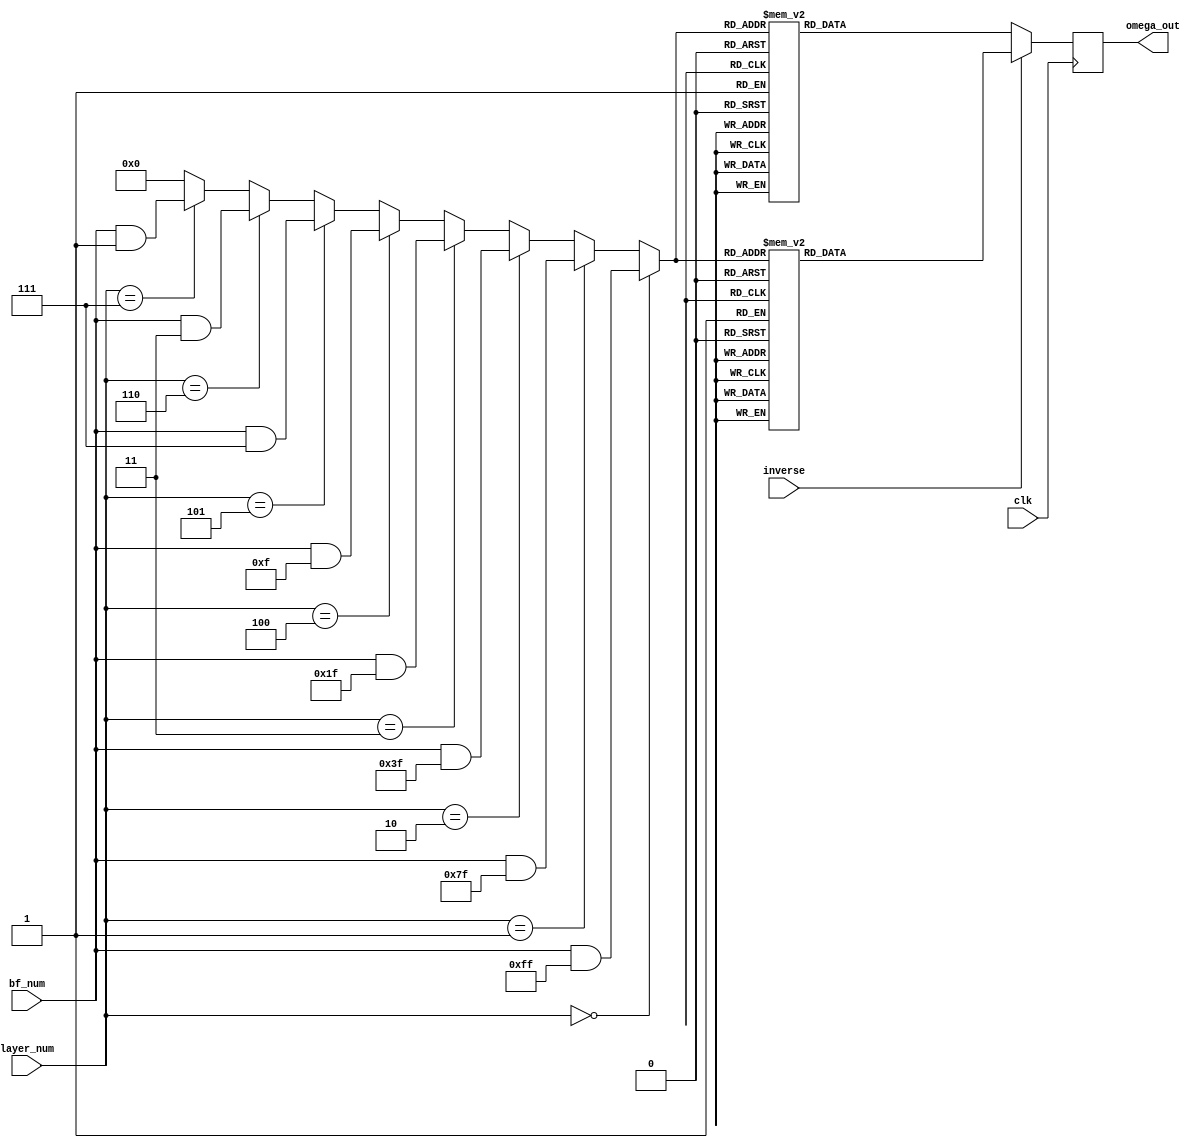
`timescale 1ns / 1ps
//////////////////////////////////////////////////////////////////////////////////
// Company: Virginia Tech
// 
// Module Name: omega
// Project Name:  NTT
// Description: Given the bf_num and layer, this determines what
//  omega should be the input to the butterfly module
//////////////////////////////////////////////////////////////////////////////////


module omega_lut(
    input clk,
    input [3:0] layer_num,
    input [7:0] bf_num,
    input inverse,
    output reg [15:0] omega_out
    );

    wire [7:0] omega_sel;
    assign omega_sel = (layer_num == 0) ? bf_num & 8'hFF :
                        (layer_num == 1) ? bf_num & 8'h7F :
                        (layer_num == 2) ? bf_num & 8'h3F :
                        (layer_num == 3) ? bf_num & 8'h1F :
                        (layer_num == 4) ? bf_num & 8'h0F :
                        (layer_num == 5) ? bf_num & 8'h07 :
                        (layer_num == 6) ? bf_num & 8'h03 :
                        (layer_num == 7) ? bf_num & 8'h01 : 8'h00;

    always @(posedge clk) begin
        if (inverse == 0) begin
            case (omega_sel)
               8'd0: omega_out = 16'd4075;
               8'd1: omega_out = 16'd5315;
               8'd2: omega_out = 16'd7965;
               8'd3: omega_out = 16'd7373;
               8'd4: omega_out = 16'd522;
               8'd5: omega_out = 16'd10120;
               8'd6: omega_out = 16'd9027;
               8'd7: omega_out = 16'd5079;
               8'd8: omega_out = 16'd2344;
               8'd9: omega_out = 16'd1278;
               8'd10: omega_out = 16'd1973;
               8'd11: omega_out = 16'd5574;
               8'd12: omega_out = 16'd1018;
               8'd13: omega_out = 16'd6364;
               8'd14: omega_out = 16'd11248;
               8'd15: omega_out = 16'd8775;
               8'd16: omega_out = 16'd7500;
               8'd17: omega_out = 16'd7822;
               8'd18: omega_out = 16'd5537;
               8'd19: omega_out = 16'd4749;
               8'd20: omega_out = 16'd8500;
               8'd21: omega_out = 16'd12142;
               8'd22: omega_out = 16'd5456;
               8'd23: omega_out = 16'd7840;
               8'd24: omega_out = 16'd5445;
               8'd25: omega_out = 16'd3860;
               8'd26: omega_out = 16'd4536;
               8'd27: omega_out = 16'd11239;
               8'd28: omega_out = 16'd6171;
               8'd29: omega_out = 16'd8471;
               8'd30: omega_out = 16'd2683;
               8'd31: omega_out = 16'd11099;
               8'd32: omega_out = 16'd10561;
               8'd33: omega_out = 16'd400;
               8'd34: omega_out = 16'd6137;
               8'd35: omega_out = 16'd7341;
               8'd36: omega_out = 16'd5415;
               8'd37: omega_out = 16'd8646;
               8'd38: omega_out = 16'd6136;
               8'd39: omega_out = 16'd5862;
               8'd40: omega_out = 16'd5529;
               8'd41: omega_out = 16'd5206;
               8'd42: omega_out = 16'd56;
               8'd43: omega_out = 16'd9090;
               8'd44: omega_out = 16'd8724;
               8'd45: omega_out = 16'd11635;
               8'd46: omega_out = 16'd1702;
               8'd47: omega_out = 16'd10302;
               8'd48: omega_out = 16'd5339;
               8'd49: omega_out = 16'd6843;
               8'd50: omega_out = 16'd6093;
               8'd51: omega_out = 16'd3710;
               8'd52: omega_out = 16'd316;
               8'd53: omega_out = 16'd382;
               8'd54: omega_out = 16'd11821;
               8'd55: omega_out = 16'd8301;
               8'd56: omega_out = 16'd10930;
               8'd57: omega_out = 16'd5435;
               8'd58: omega_out = 16'd11035;
               8'd59: omega_out = 16'd973;
               8'd60: omega_out = 16'd8291;
               8'd61: omega_out = 16'd10256;
               8'd62: omega_out = 16'd8410;
               8'd63: omega_out = 16'd1922;
               8'd64: omega_out = 16'd12097;
               8'd65: omega_out = 16'd10968;
               8'd66: omega_out = 16'd10240;
               8'd67: omega_out = 16'd4912;
               8'd68: omega_out = 16'd4698;
               8'd69: omega_out = 16'd5057;
               8'd70: omega_out = 16'd7509;
               8'd71: omega_out = 16'd8844;
               8'd72: omega_out = 16'd8807;
               8'd73: omega_out = 16'd11502;
               8'd74: omega_out = 16'd5468;
               8'd75: omega_out = 16'd1010;
               8'd76: omega_out = 16'd9162;
               8'd77: omega_out = 16'd8120;
               8'd78: omega_out = 16'd2920;
               8'd79: omega_out = 16'd5241;
               8'd80: omega_out = 16'd6055;
               8'd81: omega_out = 16'd8953;
               8'd82: omega_out = 16'd677;
               8'd83: omega_out = 16'd5874;
               8'd84: omega_out = 16'd2766;
               8'd85: omega_out = 16'd10966;
               8'd86: omega_out = 16'd12237;
               8'd87: omega_out = 16'd9115;
               8'd88: omega_out = 16'd12138;
               8'd89: omega_out = 16'd10162;
               8'd90: omega_out = 16'd3957;
               8'd91: omega_out = 16'd2839;
               8'd92: omega_out = 16'd6383;
               8'd93: omega_out = 16'd2505;
               8'd94: omega_out = 16'd11858;
               8'd95: omega_out = 16'd1579;
               8'd96: omega_out = 16'd9026;
               8'd97: omega_out = 16'd3600;
               8'd98: omega_out = 16'd6077;
               8'd99: omega_out = 16'd4624;
               8'd100: omega_out = 16'd11868;
               8'd101: omega_out = 16'd4080;
               8'd102: omega_out = 16'd6068;
               8'd103: omega_out = 16'd3602;
               8'd104: omega_out = 16'd605;
               8'd105: omega_out = 16'd9987;
               8'd106: omega_out = 16'd504;
               8'd107: omega_out = 16'd8076;
               8'd108: omega_out = 16'd4782;
               8'd109: omega_out = 16'd6403;
               8'd110: omega_out = 16'd3029;
               8'd111: omega_out = 16'd6695;
               8'd112: omega_out = 16'd11184;
               8'd113: omega_out = 16'd142;
               8'd114: omega_out = 16'd5681;
               8'd115: omega_out = 16'd8812;
               8'd116: omega_out = 16'd2844;
               8'd117: omega_out = 16'd3438;
               8'd118: omega_out = 16'd8077;
               8'd119: omega_out = 16'd975;
               8'd120: omega_out = 16'd58;
               8'd121: omega_out = 16'd12048;
               8'd122: omega_out = 16'd1003;
               8'd123: omega_out = 16'd8757;
               8'd124: omega_out = 16'd885;
               8'd125: omega_out = 16'd6281;
               8'd126: omega_out = 16'd1956;
               8'd127: omega_out = 16'd5009;
               8'd128: omega_out = 16'd12225;
               8'd129: omega_out = 16'd3656;
               8'd130: omega_out = 16'd11606;
               8'd131: omega_out = 16'd9830;
               8'd132: omega_out = 16'd1566;
               8'd133: omega_out = 16'd5782;
               8'd134: omega_out = 16'd2503;
               8'd135: omega_out = 16'd2948;
               8'd136: omega_out = 16'd7032;
               8'd137: omega_out = 16'd3834;
               8'd138: omega_out = 16'd5919;
               8'd139: omega_out = 16'd4433;
               8'd140: omega_out = 16'd3054;
               8'd141: omega_out = 16'd6803;
               8'd142: omega_out = 16'd9166;
               8'd143: omega_out = 16'd1747;
               8'd144: omega_out = 16'd10211;
               8'd145: omega_out = 16'd11177;
               8'd146: omega_out = 16'd4322;
               8'd147: omega_out = 16'd1958;
               8'd148: omega_out = 16'd922;
               8'd149: omega_out = 16'd11848;
               8'd150: omega_out = 16'd4079;
               8'd151: omega_out = 16'd11231;
               8'd152: omega_out = 16'd4046;
               8'd153: omega_out = 16'd11580;
               8'd154: omega_out = 16'd1319;
               8'd155: omega_out = 16'd9139;
               8'd156: omega_out = 16'd6224;
               8'd157: omega_out = 16'd835;
               8'd158: omega_out = 16'd8049;
               8'd159: omega_out = 16'd8719;
               8'd160: omega_out = 16'd7105;
               8'd161: omega_out = 16'd1200;
               8'd162: omega_out = 16'd6122;
               8'd163: omega_out = 16'd9734;
               8'd164: omega_out = 16'd3956;
               8'd165: omega_out = 16'd1360;
               8'd166: omega_out = 16'd6119;
               8'd167: omega_out = 16'd5297;
               8'd168: omega_out = 16'd4298;
               8'd169: omega_out = 16'd3329;
               8'd170: omega_out = 16'd168;
               8'd171: omega_out = 16'd2692;
               8'd172: omega_out = 16'd1594;
               8'd173: omega_out = 16'd10327;
               8'd174: omega_out = 16'd5106;
               8'd175: omega_out = 16'd6328;
               8'd176: omega_out = 16'd3728;
               8'd177: omega_out = 16'd8240;
               8'd178: omega_out = 16'd5990;
               8'd179: omega_out = 16'd11130;
               8'd180: omega_out = 16'd948;
               8'd181: omega_out = 16'd1146;
               8'd182: omega_out = 16'd10885;
               8'd183: omega_out = 16'd325;
               8'd184: omega_out = 16'd8212;
               8'd185: omega_out = 16'd4016;
               8'd186: omega_out = 16'd8527;
               8'd187: omega_out = 16'd2919;
               8'd188: omega_out = 16'd295;
               8'd189: omega_out = 16'd6190;
               8'd190: omega_out = 16'd652;
               8'd191: omega_out = 16'd5766;
               8'd192: omega_out = 16'd11713;
               8'd193: omega_out = 16'd8326;
               8'd194: omega_out = 16'd6142;
               8'd195: omega_out = 16'd2447;
               8'd196: omega_out = 16'd1805;
               8'd197: omega_out = 16'd2882;
               8'd198: omega_out = 16'd10238;
               8'd199: omega_out = 16'd1954;
               8'd200: omega_out = 16'd1843;
               8'd201: omega_out = 16'd9928;
               8'd202: omega_out = 16'd4115;
               8'd203: omega_out = 16'd3030;
               8'd204: omega_out = 16'd2908;
               8'd205: omega_out = 16'd12071;
               8'd206: omega_out = 16'd8760;
               8'd207: omega_out = 16'd3434;
               8'd208: omega_out = 16'd5876;
               8'd209: omega_out = 16'd2281;
               8'd210: omega_out = 16'd2031;
               8'd211: omega_out = 16'd5333;
               8'd212: omega_out = 16'd8298;
               8'd213: omega_out = 16'd8320;
               8'd214: omega_out = 16'd12133;
               8'd215: omega_out = 16'd2767;
               8'd216: omega_out = 16'd11836;
               8'd217: omega_out = 16'd5908;
               8'd218: omega_out = 16'd11871;
               8'd219: omega_out = 16'd8517;
               8'd220: omega_out = 16'd6860;
               8'd221: omega_out = 16'd7515;
               8'd222: omega_out = 16'd10996;
               8'd223: omega_out = 16'd4737;
               8'd224: omega_out = 16'd2500;
               8'd225: omega_out = 16'd10800;
               8'd226: omega_out = 16'd5942;
               8'd227: omega_out = 16'd1583;
               8'd228: omega_out = 16'd11026;
               8'd229: omega_out = 16'd12240;
               8'd230: omega_out = 16'd5915;
               8'd231: omega_out = 16'd10806;
               8'd232: omega_out = 16'd1815;
               8'd233: omega_out = 16'd5383;
               8'd234: omega_out = 16'd1512;
               8'd235: omega_out = 16'd11939;
               8'd236: omega_out = 16'd2057;
               8'd237: omega_out = 16'd6920;
               8'd238: omega_out = 16'd9087;
               8'd239: omega_out = 16'd7796;
               8'd240: omega_out = 16'd8974;
               8'd241: omega_out = 16'd426;
               8'd242: omega_out = 16'd4754;
               8'd243: omega_out = 16'd1858;
               8'd244: omega_out = 16'd8532;
               8'd245: omega_out = 16'd10314;
               8'd246: omega_out = 16'd11942;
               8'd247: omega_out = 16'd2925;
               8'd248: omega_out = 16'd174;
               8'd249: omega_out = 16'd11566;
               8'd250: omega_out = 16'd3009;
               8'd251: omega_out = 16'd1693;
               8'd252: omega_out = 16'd2655;
               8'd253: omega_out = 16'd6554;
               8'd254: omega_out = 16'd5868;
               8'd255: omega_out = 16'd2738;
            endcase
            end
        else begin
            case (omega_sel)
               8'd0: omega_out = 16'd4075;
               8'd1: omega_out = 16'd6974;
               8'd2: omega_out = 16'd4916;
               8'd3: omega_out = 16'd4324;
               8'd4: omega_out = 16'd7210;
               8'd5: omega_out = 16'd3262;
               8'd6: omega_out = 16'd2169;
               8'd7: omega_out = 16'd11767;
               8'd8: omega_out = 16'd3514;
               8'd9: omega_out = 16'd1041;
               8'd10: omega_out = 16'd5925;
               8'd11: omega_out = 16'd11271;
               8'd12: omega_out = 16'd6715;
               8'd13: omega_out = 16'd10316;
               8'd14: omega_out = 16'd11011;
               8'd15: omega_out = 16'd9945;
               8'd16: omega_out = 16'd1190;
               8'd17: omega_out = 16'd9606;
               8'd18: omega_out = 16'd3818;
               8'd19: omega_out = 16'd6118;
               8'd20: omega_out = 16'd1050;
               8'd21: omega_out = 16'd7753;
               8'd22: omega_out = 16'd8429;
               8'd23: omega_out = 16'd6844;
               8'd24: omega_out = 16'd4449;
               8'd25: omega_out = 16'd6833;
               8'd26: omega_out = 16'd147;
               8'd27: omega_out = 16'd3789;
               8'd28: omega_out = 16'd7540;
               8'd29: omega_out = 16'd6752;
               8'd30: omega_out = 16'd4467;
               8'd31: omega_out = 16'd4789;
               8'd32: omega_out = 16'd10367;
               8'd33: omega_out = 16'd3879;
               8'd34: omega_out = 16'd2033;
               8'd35: omega_out = 16'd3998;
               8'd36: omega_out = 16'd11316;
               8'd37: omega_out = 16'd1254;
               8'd38: omega_out = 16'd6854;
               8'd39: omega_out = 16'd1359;
               8'd40: omega_out = 16'd3988;
               8'd41: omega_out = 16'd468;
               8'd42: omega_out = 16'd11907;
               8'd43: omega_out = 16'd11973;
               8'd44: omega_out = 16'd8579;
               8'd45: omega_out = 16'd6196;
               8'd46: omega_out = 16'd5446;
               8'd47: omega_out = 16'd6950;
               8'd48: omega_out = 16'd1987;
               8'd49: omega_out = 16'd10587;
               8'd50: omega_out = 16'd654;
               8'd51: omega_out = 16'd3565;
               8'd52: omega_out = 16'd3199;
               8'd53: omega_out = 16'd12233;
               8'd54: omega_out = 16'd7083;
               8'd55: omega_out = 16'd6760;
               8'd56: omega_out = 16'd6427;
               8'd57: omega_out = 16'd6153;
               8'd58: omega_out = 16'd3643;
               8'd59: omega_out = 16'd6874;
               8'd60: omega_out = 16'd4948;
               8'd61: omega_out = 16'd6152;
               8'd62: omega_out = 16'd11889;
               8'd63: omega_out = 16'd1728;
               8'd64: omega_out = 16'd7280;
               8'd65: omega_out = 16'd10333;
               8'd66: omega_out = 16'd6008;
               8'd67: omega_out = 16'd11404;
               8'd68: omega_out = 16'd3532;
               8'd69: omega_out = 16'd11286;
               8'd70: omega_out = 16'd241;
               8'd71: omega_out = 16'd12231;
               8'd72: omega_out = 16'd11314;
               8'd73: omega_out = 16'd4212;
               8'd74: omega_out = 16'd8851;
               8'd75: omega_out = 16'd9445;
               8'd76: omega_out = 16'd3477;
               8'd77: omega_out = 16'd6608;
               8'd78: omega_out = 16'd12147;
               8'd79: omega_out = 16'd1105;
               8'd80: omega_out = 16'd5594;
               8'd81: omega_out = 16'd9260;
               8'd82: omega_out = 16'd5886;
               8'd83: omega_out = 16'd7507;
               8'd84: omega_out = 16'd4213;
               8'd85: omega_out = 16'd11785;
               8'd86: omega_out = 16'd2302;
               8'd87: omega_out = 16'd11684;
               8'd88: omega_out = 16'd8687;
               8'd89: omega_out = 16'd6221;
               8'd90: omega_out = 16'd8209;
               8'd91: omega_out = 16'd421;
               8'd92: omega_out = 16'd7665;
               8'd93: omega_out = 16'd6212;
               8'd94: omega_out = 16'd8689;
               8'd95: omega_out = 16'd3263;
               8'd96: omega_out = 16'd10710;
               8'd97: omega_out = 16'd431;
               8'd98: omega_out = 16'd9784;
               8'd99: omega_out = 16'd5906;
               8'd100: omega_out = 16'd9450;
               8'd101: omega_out = 16'd8332;
               8'd102: omega_out = 16'd2127;
               8'd103: omega_out = 16'd151;
               8'd104: omega_out = 16'd3174;
               8'd105: omega_out = 16'd52;
               8'd106: omega_out = 16'd1323;
               8'd107: omega_out = 16'd9523;
               8'd108: omega_out = 16'd6415;
               8'd109: omega_out = 16'd11612;
               8'd110: omega_out = 16'd3336;
               8'd111: omega_out = 16'd6234;
               8'd112: omega_out = 16'd7048;
               8'd113: omega_out = 16'd9369;
               8'd114: omega_out = 16'd4169;
               8'd115: omega_out = 16'd3127;
               8'd116: omega_out = 16'd11279;
               8'd117: omega_out = 16'd6821;
               8'd118: omega_out = 16'd787;
               8'd119: omega_out = 16'd3482;
               8'd120: omega_out = 16'd3445;
               8'd121: omega_out = 16'd4780;
               8'd122: omega_out = 16'd7232;
               8'd123: omega_out = 16'd7591;
               8'd124: omega_out = 16'd7377;
               8'd125: omega_out = 16'd2049;
               8'd126: omega_out = 16'd1321;
               8'd127: omega_out = 16'd192;
               8'd128: omega_out = 16'd9551;
               8'd129: omega_out = 16'd6421;
               8'd130: omega_out = 16'd5735;
               8'd131: omega_out = 16'd9634;
               8'd132: omega_out = 16'd10596;
               8'd133: omega_out = 16'd9280;
               8'd134: omega_out = 16'd723;
               8'd135: omega_out = 16'd12115;
               8'd136: omega_out = 16'd9364;
               8'd137: omega_out = 16'd347;
               8'd138: omega_out = 16'd1975;
               8'd139: omega_out = 16'd3757;
               8'd140: omega_out = 16'd10431;
               8'd141: omega_out = 16'd7535;
               8'd142: omega_out = 16'd11863;
               8'd143: omega_out = 16'd3315;
               8'd144: omega_out = 16'd4493;
               8'd145: omega_out = 16'd3202;
               8'd146: omega_out = 16'd5369;
               8'd147: omega_out = 16'd10232;
               8'd148: omega_out = 16'd350;
               8'd149: omega_out = 16'd10777;
               8'd150: omega_out = 16'd6906;
               8'd151: omega_out = 16'd10474;
               8'd152: omega_out = 16'd1483;
               8'd153: omega_out = 16'd6374;
               8'd154: omega_out = 16'd49;
               8'd155: omega_out = 16'd1263;
               8'd156: omega_out = 16'd10706;
               8'd157: omega_out = 16'd6347;
               8'd158: omega_out = 16'd1489;
               8'd159: omega_out = 16'd9789;
               8'd160: omega_out = 16'd7552;
               8'd161: omega_out = 16'd1293;
               8'd162: omega_out = 16'd4774;
               8'd163: omega_out = 16'd5429;
               8'd164: omega_out = 16'd3772;
               8'd165: omega_out = 16'd418;
               8'd166: omega_out = 16'd6381;
               8'd167: omega_out = 16'd453;
               8'd168: omega_out = 16'd9522;
               8'd169: omega_out = 16'd156;
               8'd170: omega_out = 16'd3969;
               8'd171: omega_out = 16'd3991;
               8'd172: omega_out = 16'd6956;
               8'd173: omega_out = 16'd10258;
               8'd174: omega_out = 16'd10008;
               8'd175: omega_out = 16'd6413;
               8'd176: omega_out = 16'd8855;
               8'd177: omega_out = 16'd3529;
               8'd178: omega_out = 16'd218;
               8'd179: omega_out = 16'd9381;
               8'd180: omega_out = 16'd9259;
               8'd181: omega_out = 16'd8174;
               8'd182: omega_out = 16'd2361;
               8'd183: omega_out = 16'd10446;
               8'd184: omega_out = 16'd10335;
               8'd185: omega_out = 16'd2051;
               8'd186: omega_out = 16'd9407;
               8'd187: omega_out = 16'd10484;
               8'd188: omega_out = 16'd9842;
               8'd189: omega_out = 16'd6147;
               8'd190: omega_out = 16'd3963;
               8'd191: omega_out = 16'd576;
               8'd192: omega_out = 16'd6523;
               8'd193: omega_out = 16'd11637;
               8'd194: omega_out = 16'd6099;
               8'd195: omega_out = 16'd11994;
               8'd196: omega_out = 16'd9370;
               8'd197: omega_out = 16'd3762;
               8'd198: omega_out = 16'd8273;
               8'd199: omega_out = 16'd4077;
               8'd200: omega_out = 16'd11964;
               8'd201: omega_out = 16'd1404;
               8'd202: omega_out = 16'd11143;
               8'd203: omega_out = 16'd11341;
               8'd204: omega_out = 16'd1159;
               8'd205: omega_out = 16'd6299;
               8'd206: omega_out = 16'd4049;
               8'd207: omega_out = 16'd8561;
               8'd208: omega_out = 16'd5961;
               8'd209: omega_out = 16'd7183;
               8'd210: omega_out = 16'd1962;
               8'd211: omega_out = 16'd10695;
               8'd212: omega_out = 16'd9597;
               8'd213: omega_out = 16'd12121;
               8'd214: omega_out = 16'd8960;
               8'd215: omega_out = 16'd7991;
               8'd216: omega_out = 16'd6992;
               8'd217: omega_out = 16'd6170;
               8'd218: omega_out = 16'd10929;
               8'd219: omega_out = 16'd8333;
               8'd220: omega_out = 16'd2555;
               8'd221: omega_out = 16'd6167;
               8'd222: omega_out = 16'd11089;
               8'd223: omega_out = 16'd5184;
               8'd224: omega_out = 16'd3570;
               8'd225: omega_out = 16'd4240;
               8'd226: omega_out = 16'd11454;
               8'd227: omega_out = 16'd6065;
               8'd228: omega_out = 16'd3150;
               8'd229: omega_out = 16'd10970;
               8'd230: omega_out = 16'd709;
               8'd231: omega_out = 16'd8243;
               8'd232: omega_out = 16'd1058;
               8'd233: omega_out = 16'd8210;
               8'd234: omega_out = 16'd441;
               8'd235: omega_out = 16'd11367;
               8'd236: omega_out = 16'd10331;
               8'd237: omega_out = 16'd7967;
               8'd238: omega_out = 16'd1112;
               8'd239: omega_out = 16'd2078;
               8'd240: omega_out = 16'd10542;
               8'd241: omega_out = 16'd3123;
               8'd242: omega_out = 16'd5486;
               8'd243: omega_out = 16'd9235;
               8'd244: omega_out = 16'd7856;
               8'd245: omega_out = 16'd6370;
               8'd246: omega_out = 16'd8455;
               8'd247: omega_out = 16'd5257;
               8'd248: omega_out = 16'd9341;
               8'd249: omega_out = 16'd9786;
               8'd250: omega_out = 16'd6507;
               8'd251: omega_out = 16'd10723;
               8'd252: omega_out = 16'd2459;
               8'd253: omega_out = 16'd683;
               8'd254: omega_out = 16'd8633;
               8'd255: omega_out = 16'd64;
            endcase
        end   
    end
       
endmodule